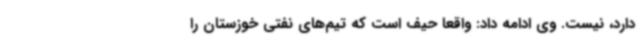
دارد، نیست. وی ادامه داد: واقعا حیف است که تیم‌های نفتی خوزستان را